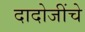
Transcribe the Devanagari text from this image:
दादोजींचे